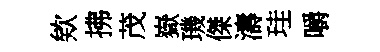
欸拂茂嶽璣傑濤珪嚼